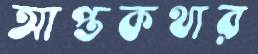
আপ্তকথার